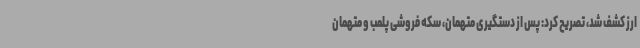
ارز کشف شد، تصریح کرد: پس از دستگیری متهمان، سکه فروشی پلمب و متهمان